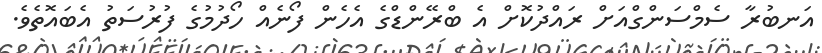
އަނބުރާ ސެމްސަންގްއަށް ރައްދުކޮށް އެ ބްރޭންޑްގެ އެހެން ފޯނެއް ހޯދުމުގެ ފުރުސަތު އެބައޮތެވެ.